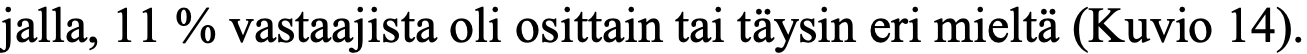
jalla, 11 % vastaajista oli osittain tai täysin eri mieltä (Kuvio 14).